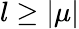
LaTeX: l\geq\vert\mu\vert